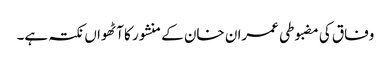
وفاق کی مضبوطی عمران خان کے منشور کا آٹھواں نکتہ ہے۔